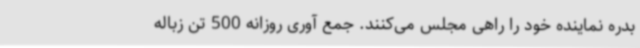
بدره نماینده خود را راهی مجلس می‌کنند. جمع آوری روزانه 500 تن زباله